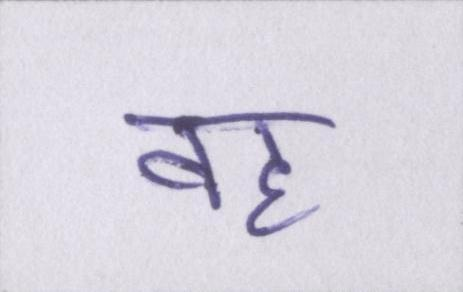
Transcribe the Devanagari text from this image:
वह